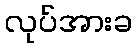
လုပ်အားခ